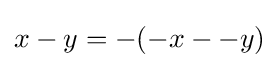
x-y=-(-x--y)